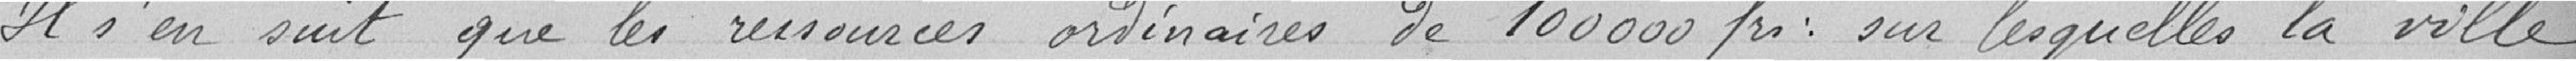
Il s'en suit que les ressources ordinaires de 100000 francs sur lesquelles la ville